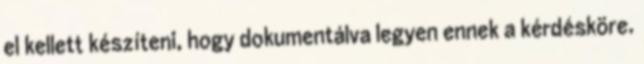
el kellett készíteni, hogy dokumentálva legyen ennek a kérdésköre.